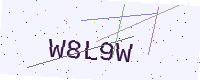
Text: W8L9W